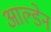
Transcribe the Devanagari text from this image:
आल्डेन